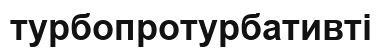
турбопротурбативті